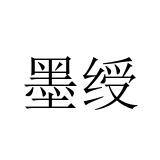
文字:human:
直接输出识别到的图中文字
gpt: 墨绶